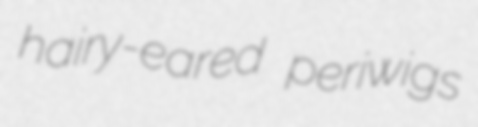
hairy-eared periwigs